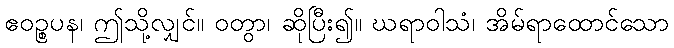
ဧဝဉ္စပန၊ ဤသို့လျှင်။ ဝတွာ၊ ဆိုပြီး၍။ ဃရာဝါသံ၊ အိမ်ရာထောင်သော